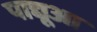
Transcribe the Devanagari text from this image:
पाद्यूआ